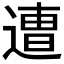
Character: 𮞸